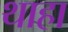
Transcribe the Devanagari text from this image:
थाहा